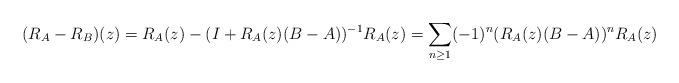
LaTeX: \begin{align*} (R_A-R_B)(z) = R_A(z)-(I+R_A(z)(B-A))^{-1}R_A(z) = \sum_{n \geq 1} (-1)^n (R_A(z)(B-A))^n R_A(z)\end{align*}